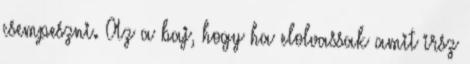
csempeszni. Az a baj, hogy ha elolvassak amit irsz